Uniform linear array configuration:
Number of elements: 32
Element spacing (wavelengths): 0.5
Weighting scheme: hann
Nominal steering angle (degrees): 60
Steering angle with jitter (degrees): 58.888
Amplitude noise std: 0.05
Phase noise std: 0.05

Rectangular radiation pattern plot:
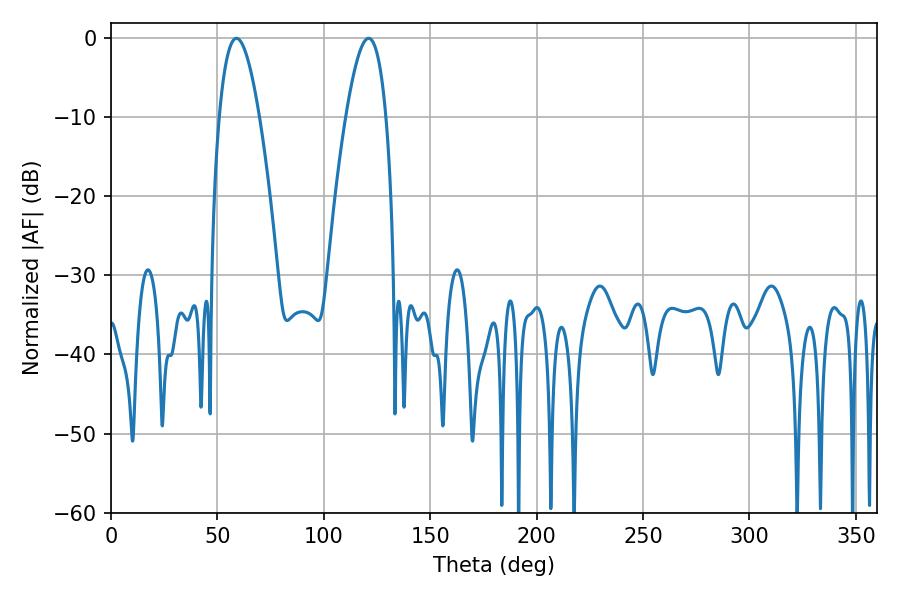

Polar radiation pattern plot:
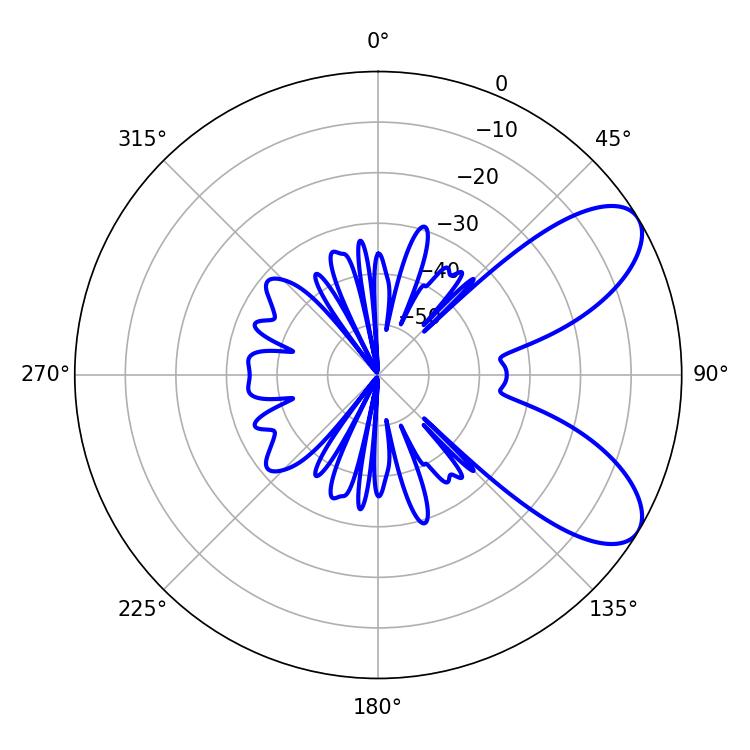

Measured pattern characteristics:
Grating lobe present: FALSE
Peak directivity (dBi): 7.77
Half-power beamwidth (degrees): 10.26
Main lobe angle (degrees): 121.14